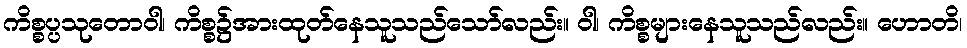
ကိစ္စပ္ပသုတောဝါ၊ ကိစ္စ၌အားထုတ်နေသူသည်သော်လည်း။ ဝါ၊ ကိစ္စများနေသူသည်လည်း။ ဟောတိ၊